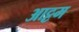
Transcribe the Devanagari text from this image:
आट्टम